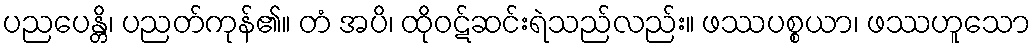
ပညပေန္တိ၊ ပညတ်ကုန်၏။ တံ အပိ၊ ထိုဝဋ်ဆင်းရဲသည်လည်း။ ဖဿပစ္စယာ၊ ဖဿဟူသော